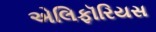
એલિફૉરિયસ